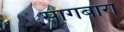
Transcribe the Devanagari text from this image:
सागबारा